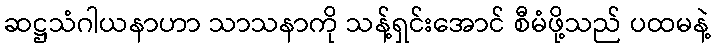
ဆဋ္ဌသံဂါယနာဟာ သာသနာကို သန့်ရှင်းအောင် စီမံဖို့သည် ပထမနဲ့